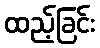
ထည့်ခြင်း